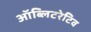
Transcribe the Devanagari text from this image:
ऑब्लिटरेटिव